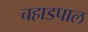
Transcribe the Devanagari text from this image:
चहाडपाल